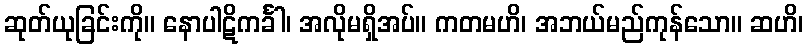
ဆုတ်ယုခြင်းကို။ နောပါဋိကင်္ခါ၊ အလိုမရှိအပ်။ ကတမဟိ၊ အဘယ်မည်ကုန်သော။ ဆဟိ၊